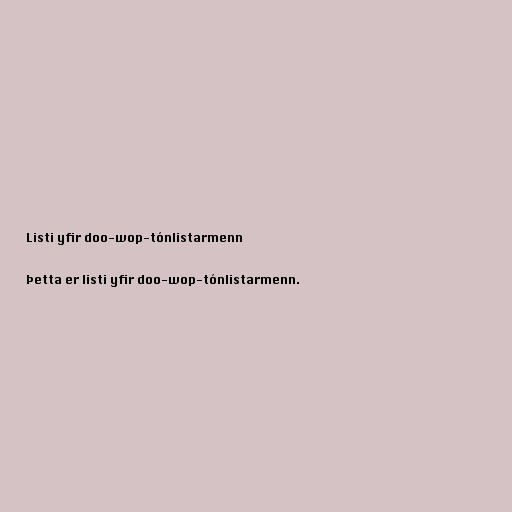
Listi yfir doo-wop-tónlistarmenn

Þetta er listi yfir doo-wop-tónlistarmenn.